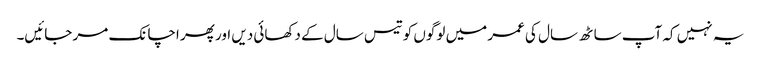
یہ نہیں کہ آپ ساٹھ سال کی عمر میں لوگوں کو تیس سال کے دکھائی دیں اور پھر اچانک مر جائیں۔